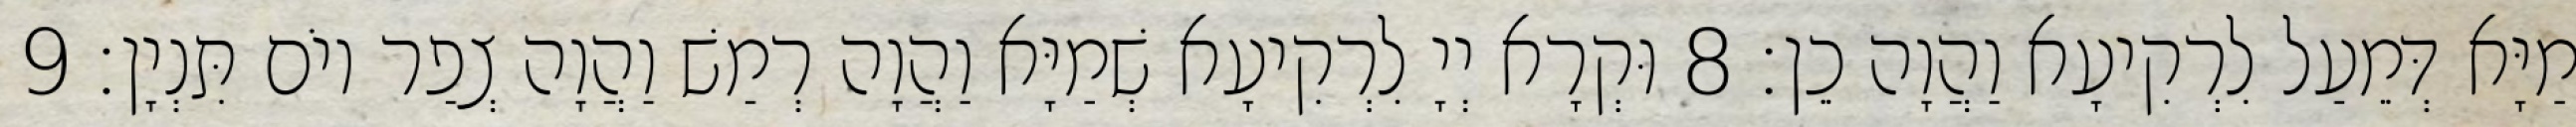
מַיָּא דְּמֵעַל לִרְקִיעָא וַהֲוָה כֵן׃ 8 וּקְרָא יְיָ לִרְקִיעָא שְׁמַיָּא וַהֲוָה רְמַשׁ וַהֲוָה צְפַר יוֹם תִּנְיָן׃ 9